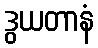
ဒွယတာနံ